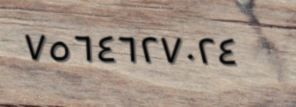
٧٥٦٤٦٢٧٠٢٤